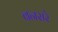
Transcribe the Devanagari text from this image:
बनसरे